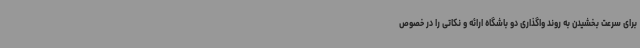
برای سرعت بخشیدن به روند واگذاری دو باشگاه ارائه و نکاتی را در خصوص